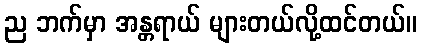
ည ဘက်မှာ အန္တရာယ် များတယ်လို့ထင်တယ်။